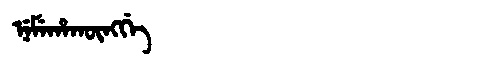
Manchu: ᠨᡝᠮᡝᡥᠠᡴᡡᠩᡤᡝ
Romanization: NEMEHAKŪNGGE